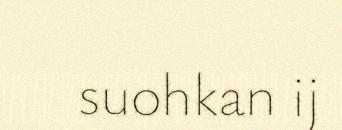
suohkan ij